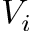
V _ { i }